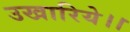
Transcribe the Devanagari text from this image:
उखारिये।।